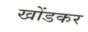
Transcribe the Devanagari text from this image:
खोंडकर